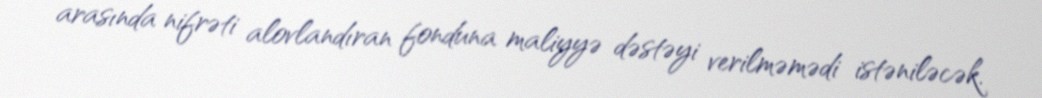
arasında nifrəti alovlandıran fonduna maliyyə dəstəyi verilməmədi istəniləcək.